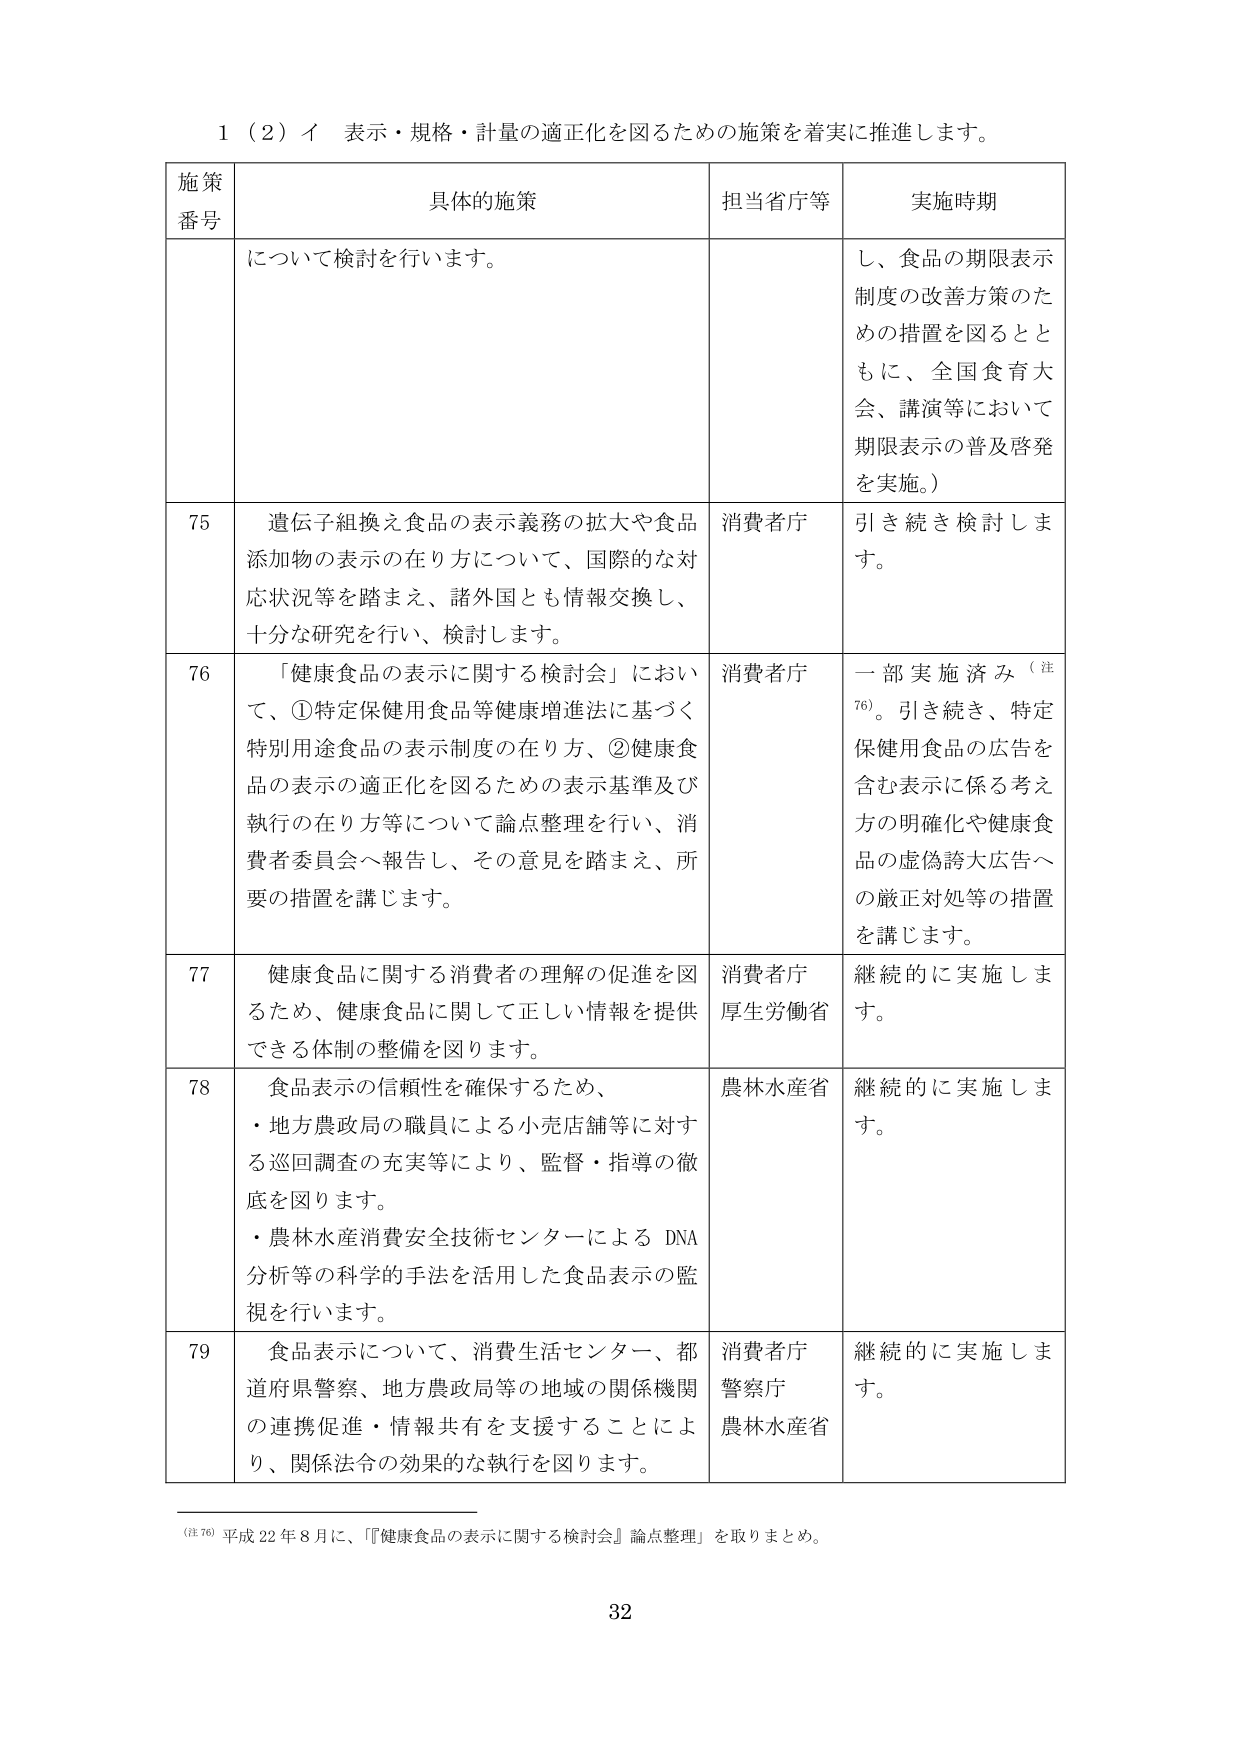
1（2）イ 表示・規格・計量の適正化を図るための施策を着実に推進します。

施策番号 具体的施策 担当省庁等 実施時期
について検討を行います。 し、食品の期限表示制度の改善方策のための措置を図るとともに、全国食育大会、講演等において期限表示の普及啓発を実施。）

75 遺伝子組換え食品の表示義務の拡大や食品添加物の表示の在り方について、国際的な対応状況等を踏まえ、諸外国とも情報交換し、十分な研究を行い、検討します。 消費者庁 引き続き検討します。

76 「健康食品の表示に関する検討会」において、①特定保健用食品等健康増進法に基づく特別用途食品の表示制度の在り方、②健康食品の表示の適正化を図るための表示基準及び執行の在り方等について論点整理を行い、消費者委員会へ報告し、その意見を踏まえ、所要の措置を講じます。 消費者庁 一部実施済み（注76）。引き続き、特定保健用食品の広告を含む表示に係る考え方の明確化や健康食品の虚偽誇大広告への厳正対処等の措置を講じます。

77 健康食品に関する消費者の理解の促進を図るため、健康食品に関して正しい情報を提供できる体制の整備を図ります。 消費者庁 厚生労働省 継続的に実施します。

78 食品表示の信頼性を確保するため、・地方農政局の職員による小売店舗等に対する巡回調査の充実等により、監督・指導の徹底を図ります。・農林水産消費安全技術センターによるDNA分析等の科学的手法を活用した食品表示の監視を行います。 農林水産省 継続的に実施します。

79 食品表示について、消費生活センター、都道府県警察、地方農政局等の地域の関係機関の連携促進・情報共有を支援することにより、関係法令の効果的な執行を図ります。 消費者庁 警察庁 農林水産省 継続的に実施します。

（注76）平成22年8月に、「『健康食品の表示に関する検討会』論点整理」を取りまとめ。

32